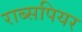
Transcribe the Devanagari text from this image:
राब्सपियर